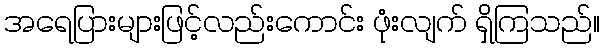
အရေပြားများဖြင့်လည်းကောင်း ဖုံးလျက် ရှိကြသည်။